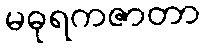
မဓုရကဇာတာ